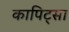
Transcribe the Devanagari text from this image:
कापिट्सा